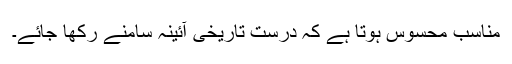
مناسب محسوس ہوتا ہے کہ درست تاریخی آئینہ سامنے رکھا جائے۔